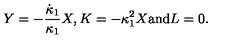
Y = - \frac { \dot { \kappa } _ { 1 } } { \kappa _ { 1 } } X , K = - \kappa _ { 1 } ^ { 2 } X \mathrm { a n d } L = 0 .